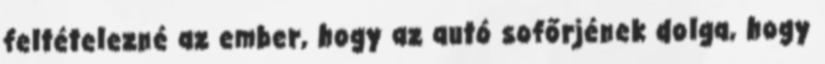
feltételezné az ember, hogy az autó sofőrjének dolga, hogy